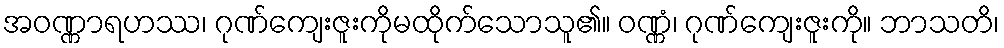
အဝဏ္ဏာရဟဿ၊ ဂုဏ်ကျေးဇူးကိုမထိုက်သောသူ၏။ ဝဏ္ဏံ၊ ဂုဏ်ကျေးဇူးကို။ ဘာသတိ၊